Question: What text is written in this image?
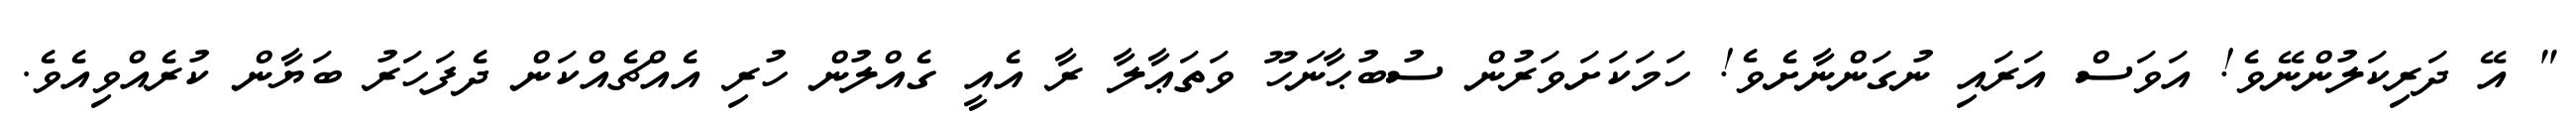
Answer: " އޭ ދަރިކަލުންނޭވެ! އަވަސް އަރައި ނުގަންނާށެވެ! ހަމަކަށަވަރުން ސުބުޙާނަހޫ ވަތަޢާލާ ރާ އެއީ ގެއްލުން ހުރި އެއްޗެއްކަން ދެފަހަރު ބަޔާން ކުރެއްވިއެވެ.